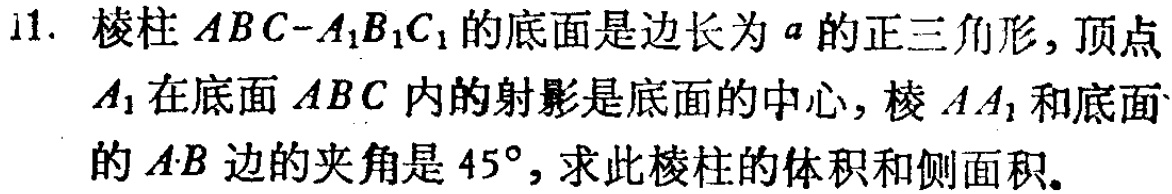
11. 棱柱 \(ABC - A_{1}B_{1}C_{1}\) 的底面是边长为 \(a\) 的正三角形，顶点 \(A_{1}\) 在底面 \(ABC\) 内的射影是底面的中心，棱 \(AA_{1}\) 和底面的 \(AB\) 边的夹角是 \(45^{\circ}\)，求此棱柱的体积和侧面积。